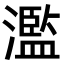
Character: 濫